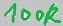
Text: 100K